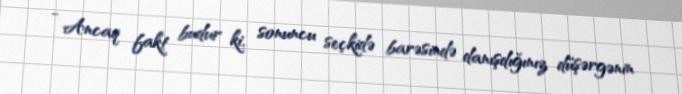
- Ancaq fakt budur ki, sonuncu seçkidə barəsində danışdığınız düşərgənin